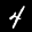
Label: 4